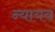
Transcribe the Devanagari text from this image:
न्यायय